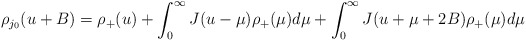
\begin{align*}\rho_{j_0}(u+B)=\rho_+(u)+\int_0^{\infty}J(u-\mu)\rho_+(\mu)d\mu+\int_0^{\infty}J(u+\mu+2B)\rho_+(\mu)d\mu\end{align*}